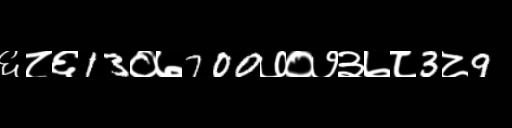
Text: ६८६13०७700७०७३७८3८9